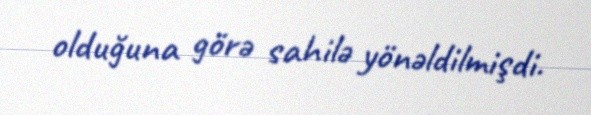
olduğuna görə sahilə yönəldilmişdi.